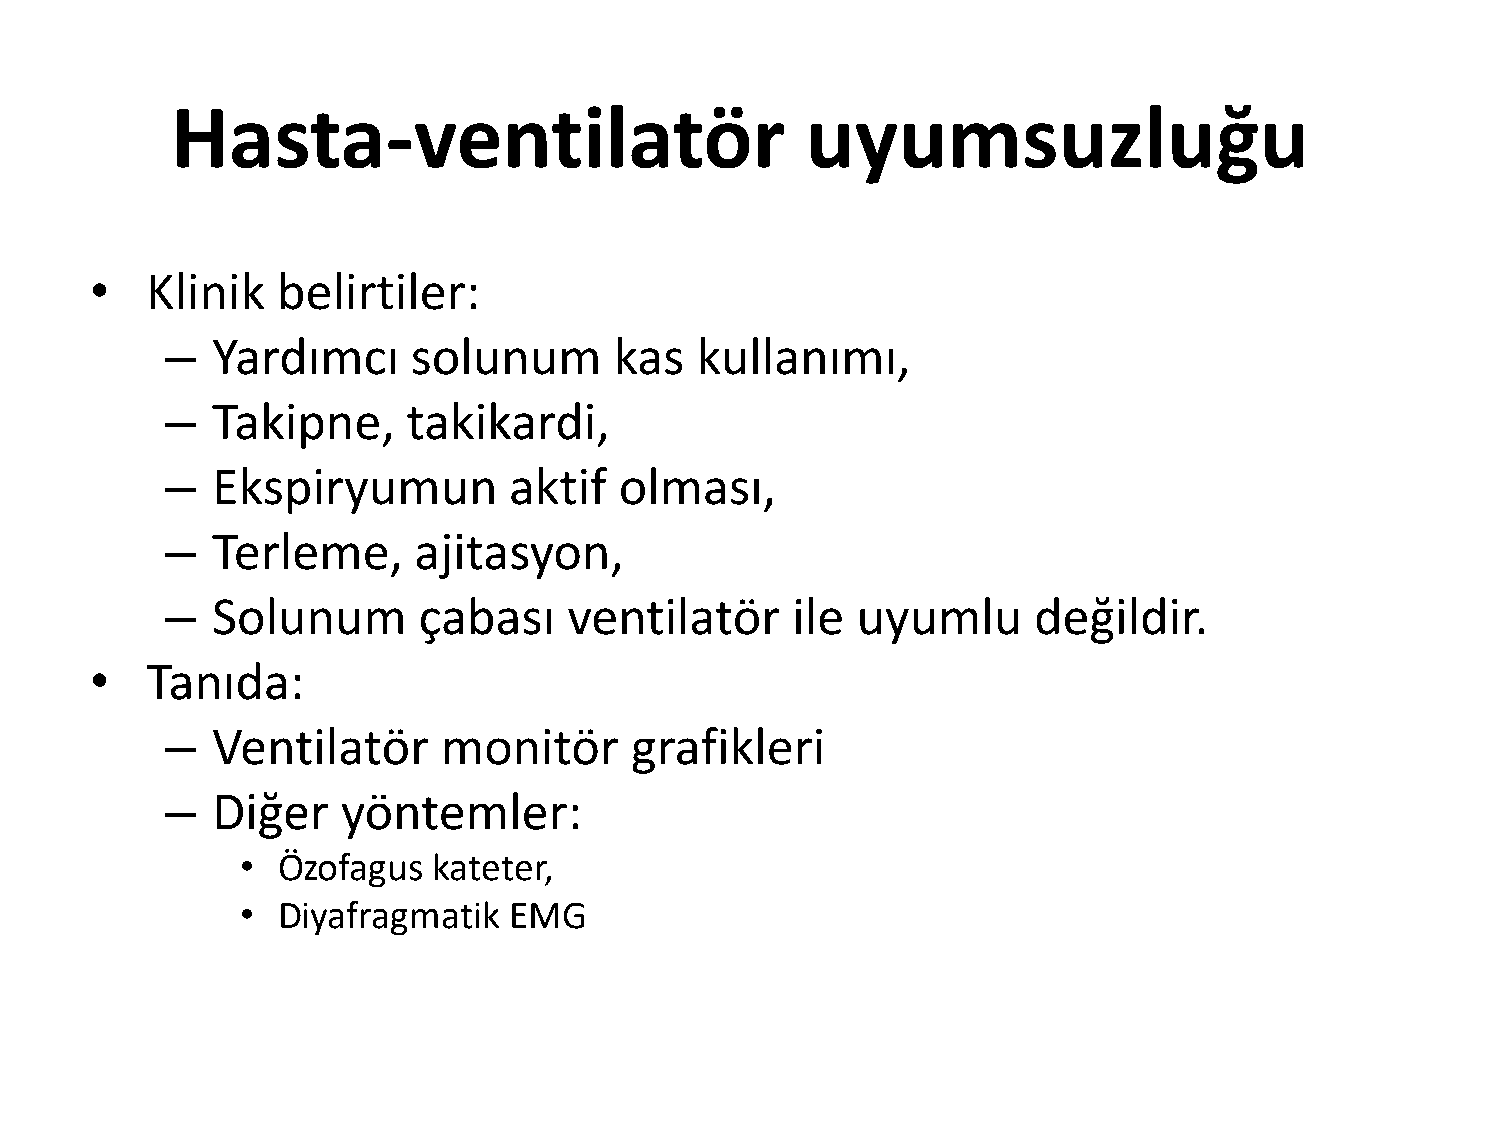
Hasta-ventilatör                          uyumsuzluğu
 •   Klinik  belirtiler:
 –  Yardımcı     solunum       kas  kullanımı,
 –  Takipne,     takikardi,
 –  Ekspiryumun         aktif  olması,
 –  Terleme,     ajitasyon,
 –  Solunum       çabası    ventilatör    ile  uyumlu     değildir.
 •   Tanıda:
 –  Ventilatör     monitör      grafikleri
 –  Diğer    yöntemler:
 • Özofagus   kateter,
 • Diyafragmatik   EMG